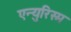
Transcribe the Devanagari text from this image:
एन्युरिस्म